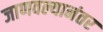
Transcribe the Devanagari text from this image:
जाणवल्यानंतर